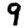
Digit: 9